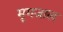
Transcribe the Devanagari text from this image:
मृगजाल